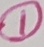
Text: 1